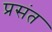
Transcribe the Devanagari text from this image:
प्रसंत